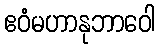
ဧဝံမဟာနုဘာဝေါ